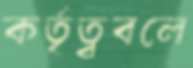
কর্তৃত্ববলে